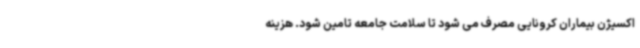
اکسیژن بیماران کرونایی مصرف می شود تا سلامت جامعه تامین شود. هزینه